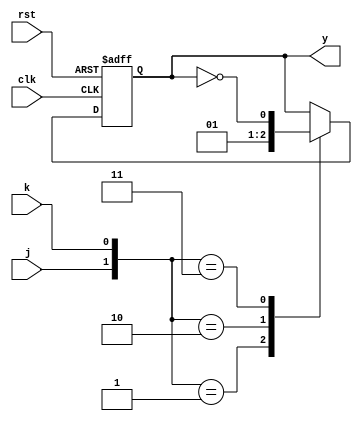
module jkff(y,j,k,clk,rst);
input j,k,clk,rst;
output reg y;
always@(posedge clk,negedge rst)
if(rst==0)y<=0;
else case({j,k})
2'b01:y<=0;
2'b10:y<=1;
2'b11:y<=~y;
endcase
endmodule
module problem5a(out,clk,rst);
input clk,rst;
output [3:0] out;
wire [3:0]ff;
assign out=ff;
jkff t1(ff[3],~ff[0],ff[0],clk,rst);
jkff t2(ff[2],ff[3],~ff[3],clk,rst);
jkff t3(ff[1],ff[2],~ff[2],clk,rst);
jkff t4(ff[0],ff[1],~ff[1],clk,rst);
endmodule